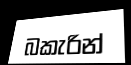
බකැරින්